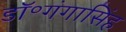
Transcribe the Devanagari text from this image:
डॉ॰गंगासिंह